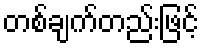
တစ်ချက်တည်းဖြင့်